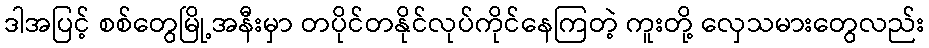
ဒါအပြင့် စစ်တွေမြို့အနီးမှာ တပိုင်တနိုင်လုပ်ကိုင်နေကြတဲ့ ကူးတို့ လှေသမားတွေလည်း